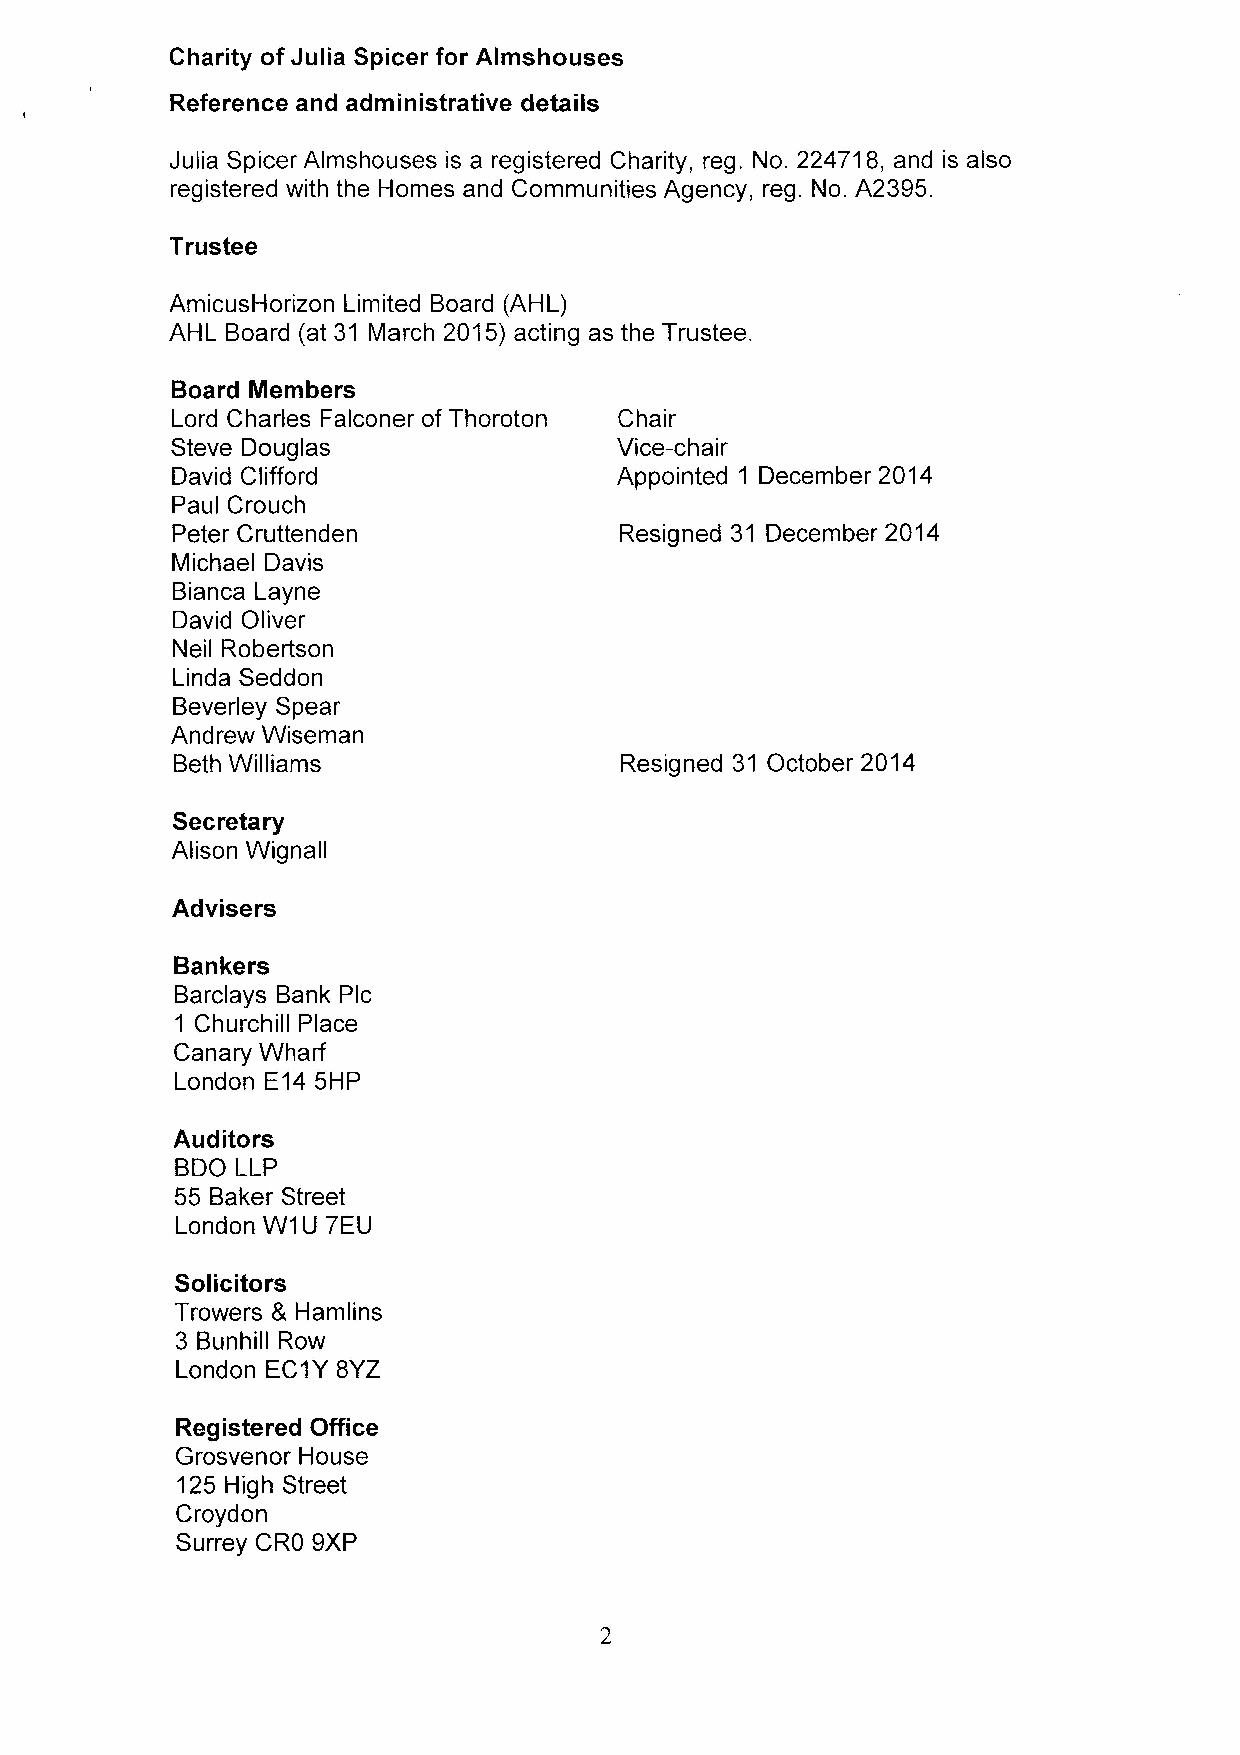
Charity of Julia Spicer for Almshouses
 Reference and administrative details
 Julia Spicer Almshouses is a registered Charity, reg. No. 224718, and is also
 registered with the Homes and Communities Agency, reg. No. A2395.
 Trustee
 AmicusHorizon Limited Board (AHL)
 AHL Board (at 31 March 2015) acting as the Trustee.
 Board Members
 Lord Charles Falconer of Thoroton Chair
 Steve Douglas                 Vice-chair
 David Clifford                Appointed 1 December 2014
 Paul Crouch
 Peter Cruttenden              Resigned 31 December 2014
 Michael Davis
 Bianca Layne
 David Oliver
 Neil Robertson
 Linda Seddon
 Beverley Spear
 Andrew Wiseman
 Beth Williams                 Resigned 31 October 2014
 Secretary
 Alison Wignall
 Advisers
 Bankers
 Barclays Bank Pic
 1 Churchill Place
 Canary Wharf
 London E14 5HP
 Auditors
 BDO LLP
 55 Baker Street
 London W1U 7EU
 Solicitors
 Trowers 8 Hamlins
 3 Bunhill Row
 London EC1Y8YZ
 Registered Office
 Grosvenor House
 125 High Street
 Croydon
 Surrey CRO 9XP